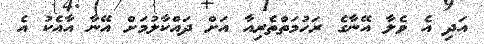
އަދި އެ ވެލާ އޭނާގެ ރަހުމަތްތެރިއާ އަށް ދައްކާލުމަށް އޭނާ އާއެކު އެ